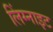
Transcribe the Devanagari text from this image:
लिंग्नाइट